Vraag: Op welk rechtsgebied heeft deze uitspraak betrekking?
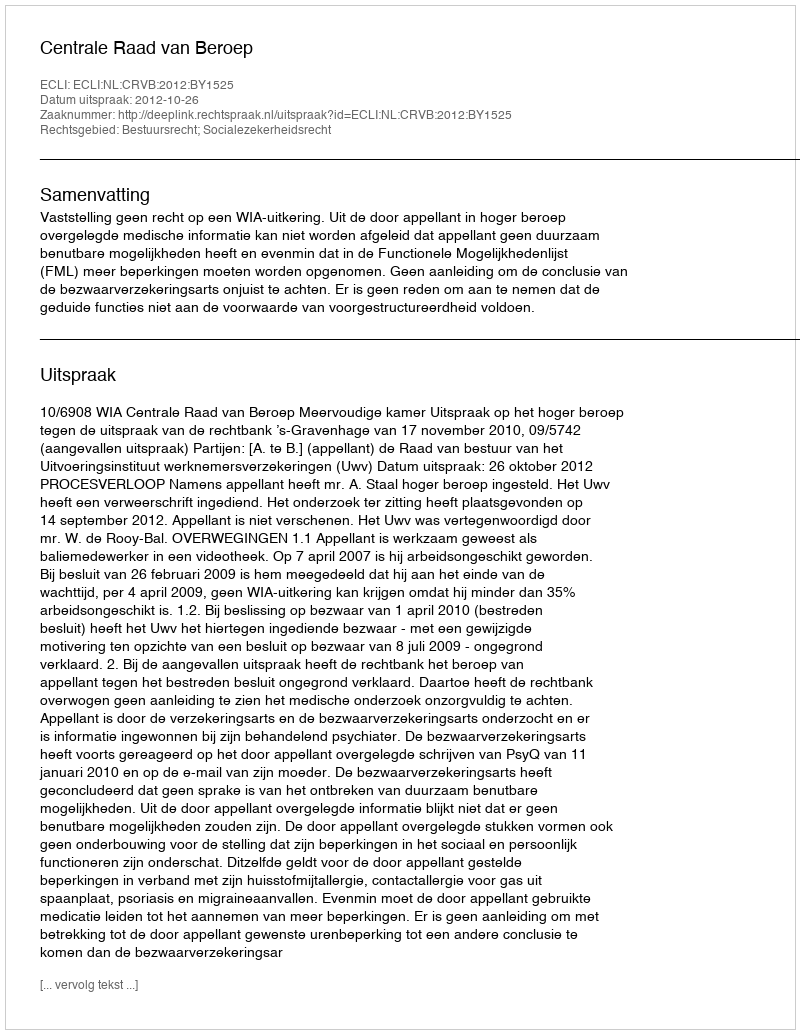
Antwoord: Bestuursrecht; Socialezekerheidsrecht